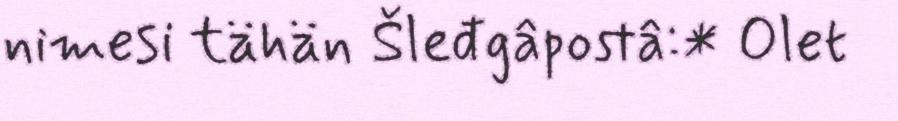
nimesi tähän Šleđgâpostâ:* Olet